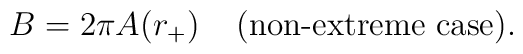
B = 2\pi A(r_+)\;\;\;\; \mbox{(non-extreme case)}.